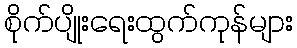
စိုက်ပျိုးရေးထွက်ကုန်များ